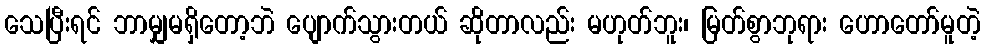
သေပြီးရင် ဘာမျှမရှိတော့ဘဲ ပျောက်သွားတယ် ဆိုတာလည်း မဟုတ်ဘူး၊ မြတ်စွာဘုရား ဟောတော်မူတဲ့